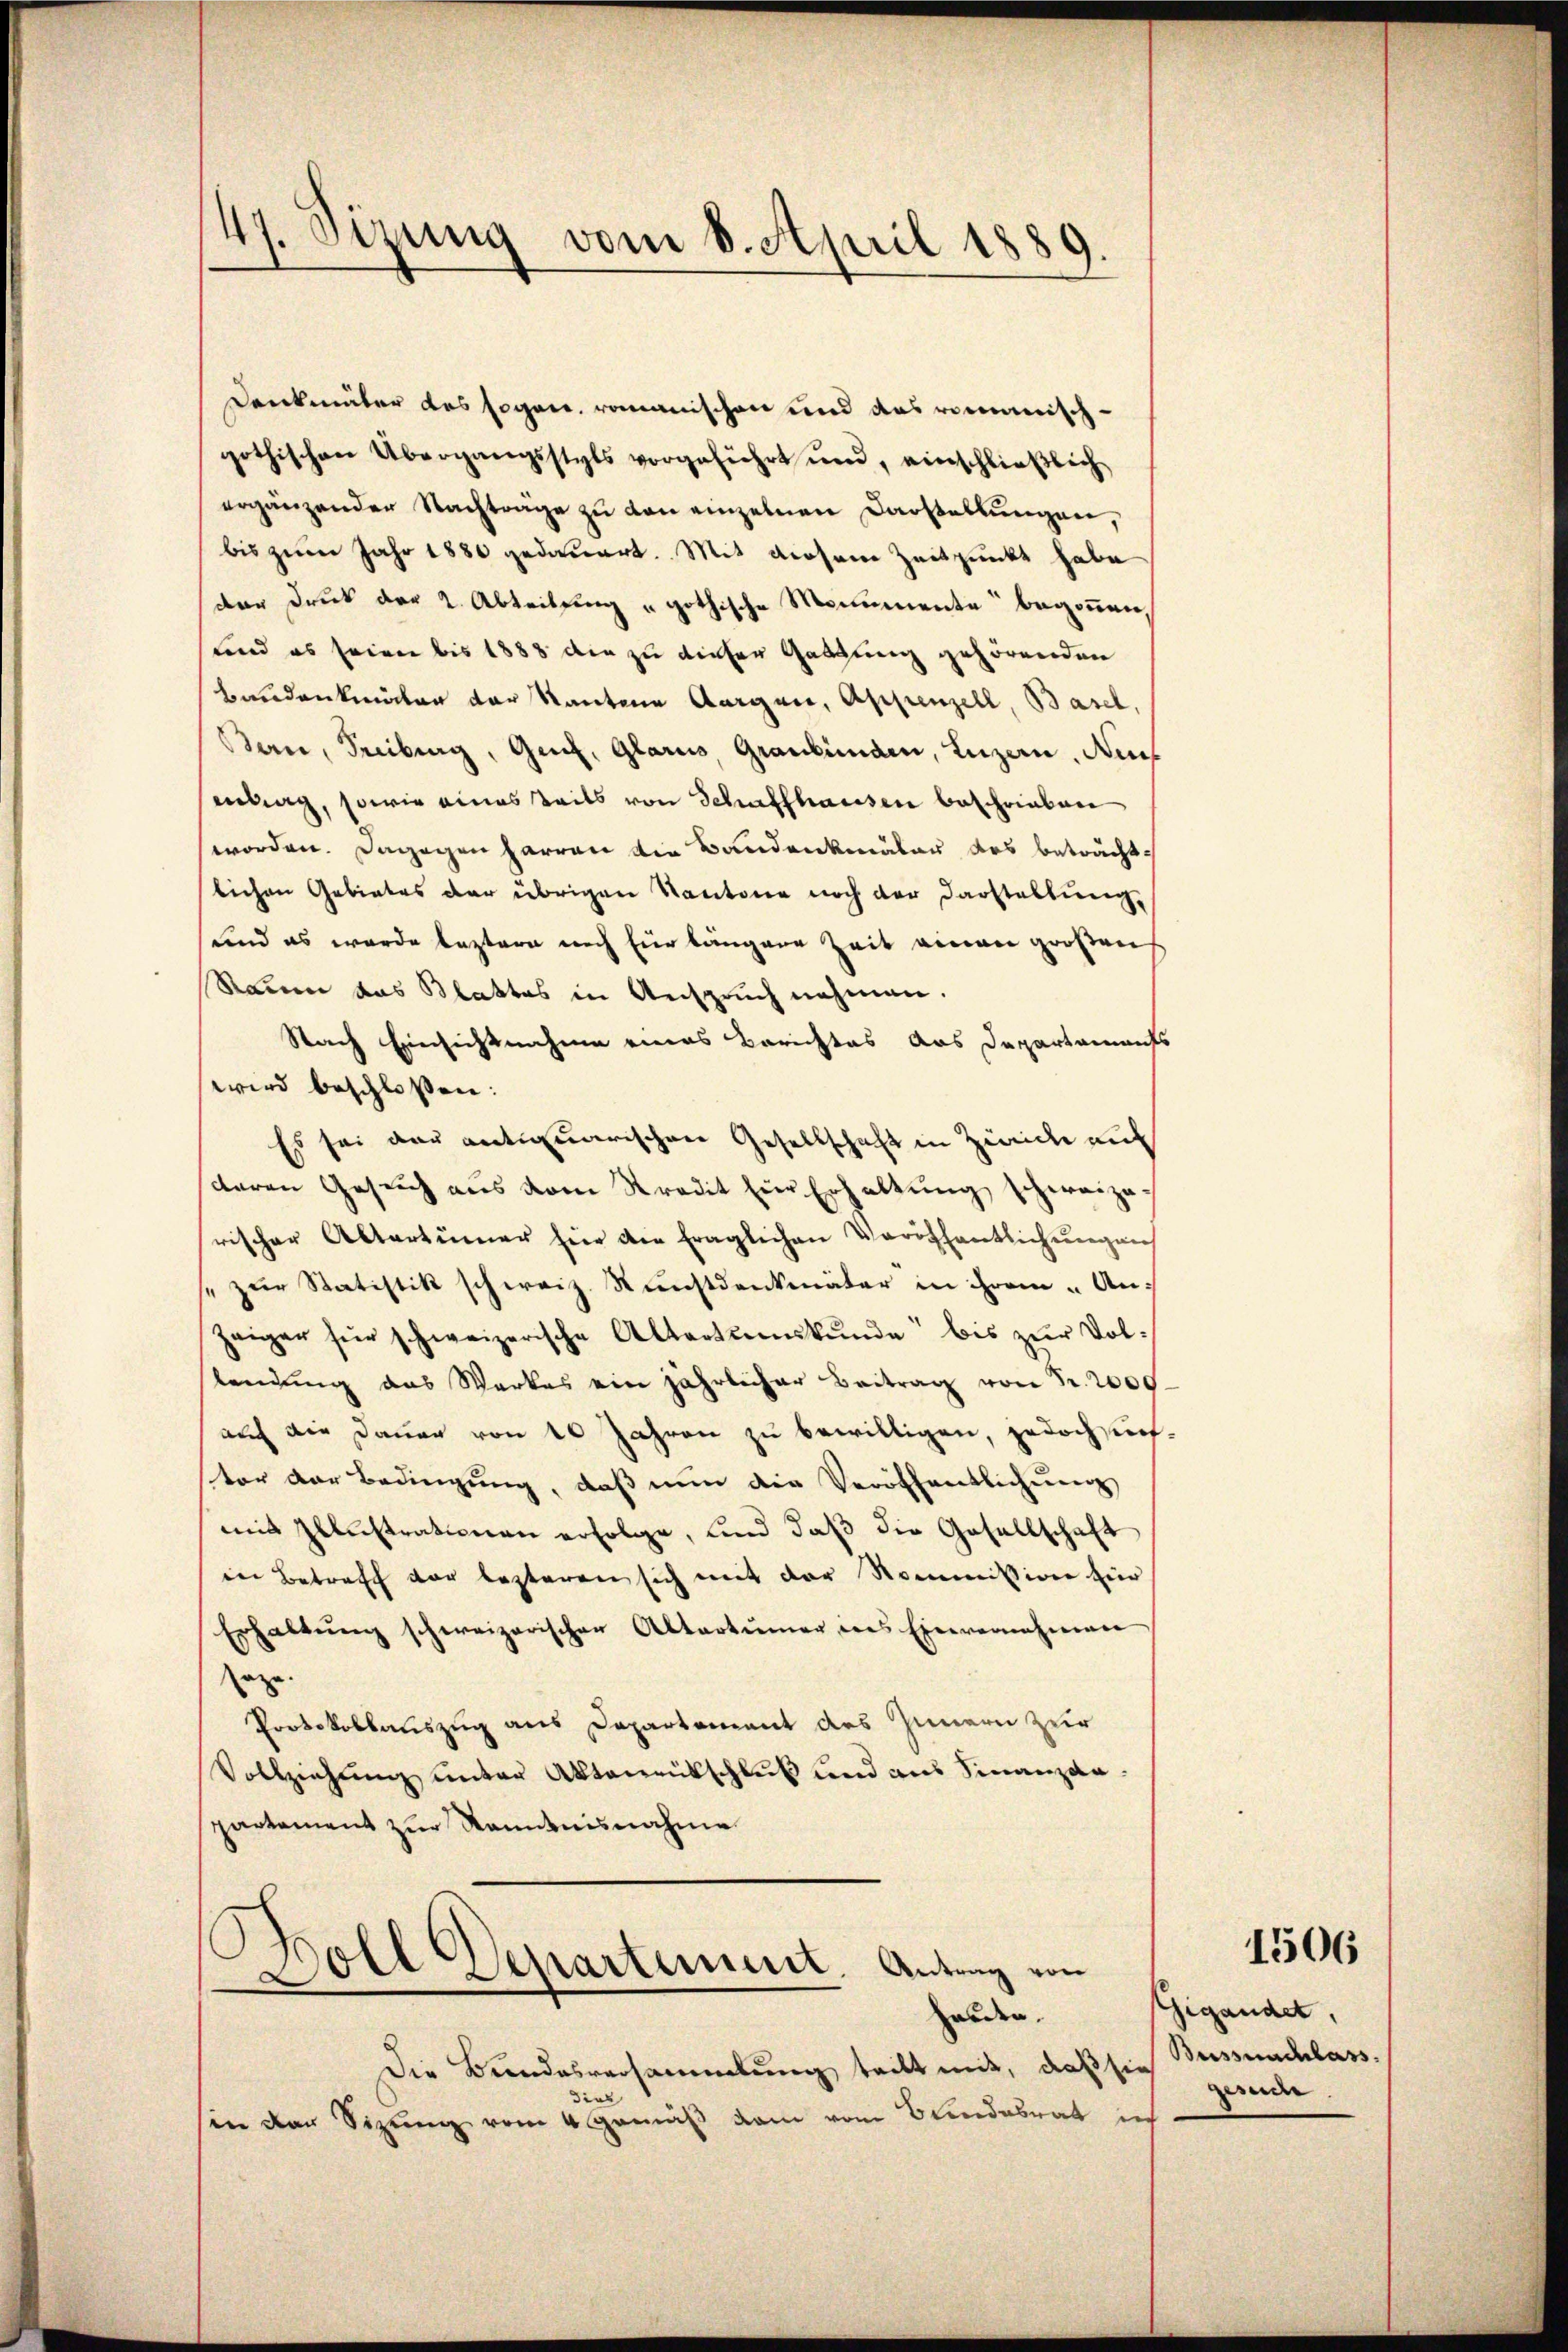
47. Sizung vom 8. April 1889.

Denkmäler das sogan. romanischen und das romanischgothischen Übergangsstyls vorgeführt und, einschließlich
ergänzender Nachträge zu den einzelnen Darstellungen,
bis zum Jahr 1880 gedauert. Mit diesem Zeitpunkt habe
dar Druck der 2. Abteilung u gothische Monumente begonnen,
und es seien bis 1883 die zu dieser Gattung gehörenden
Baudenkmäler der Kantone Aargau, Appenzell, Basel,
Ban, Freiburg, Genf, Glarus, Graubünden, Luzern, Auf
antrag, sowie eines teils von Schaffhausen beschrieben
worden. Dagegen harren die Bandenkmäler des beträchtlichen Gebietes der übrigen Kantone noch der Darstellung,
und es wurde leztern noch für längere Zeit einen großen
Raum das Blattes in Anspruch nehmen.
Nach Einsichtnahme eines Berichtes das Departaments
wird beschlossen:
Es sei der antiquarischen Gesellschaft in Zürich auf
deren Gesuch aus vom Kredit zur Erhaltung schweizerischer Altertümer hier die fraglichen Veröffentlichŭngen
" zur Statistik schweiz. Kunstdenkmäter in ihrem An¬
Zeiger für schweizerische Altertumskŭnde bis zŭr Vollendŭng das Werkes ein jährlicher Beitrag von Fr. 2009
auch die Dauer von 10 Jahren zu bewilligen, jedoch un-
ster der Bedingung, daß nun die Veröffentlichung
mit Illustrationen erfolge, und daß die Gesellschaft
in Betreff vor lezteren sich mit der Kommission für
Erhaltŭng schweizerischen Altertümer des Einvernahmen
aze.
Protokollauszug aus Departement des Innern zur
Vollziehung unter Aktenrütschluß und aus Finanzdapartement zur Kenntnisnahme
.
¬

Voll Departement. Antrag von
erden.
Die Bundesversammlung tritt mit, daß sie Bussnachlass.
din
sin der Sizung vom 4. Gemäß dem vom Bundesrat in

1506

Gigandet,
weder